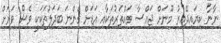
ނާނާ ކިޔައިދޭއިރު މޫނަށް ޖައްސާ ވައްތަރުތަކާއި އަޑަށް ގެންނަ ބަދަލުތަކަކީ ވެސް ވަރަށް